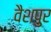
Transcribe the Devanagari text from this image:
वैशपुर